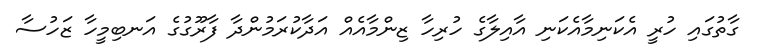
ގާތުގައި ހުރީ އެކަނިމާއެކަނި އާއިލާގެ ހުރިހާ ޒިންމާއެއް އަދާކުރަމުންދާ ފާރޫގުގެ އަނބިމީހާ ޒަހުސާ